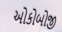
ઓકોબોજી